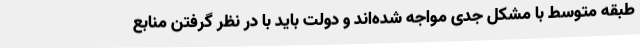
طبقه متوسط با مشکل جدی مواجه شده‌اند و دولت باید با در نظر گرفتن منابع